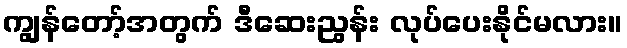
ကျွန်တော့်အတွက် ဒီဆေးညွန်း လုပ်ပေးနိုင်မလား။